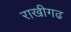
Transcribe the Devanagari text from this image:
राखीगढ